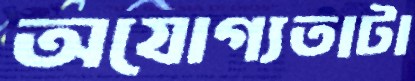
অযোগ্যতাটা